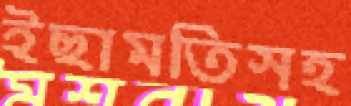
ইছামতিসহ